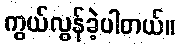
ကွယ်လွန်ခဲ့ပါတယ်။